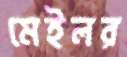
মেইলর